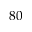
8 0